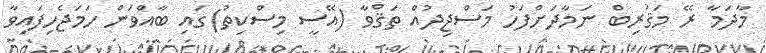
މާދަމާ ރޭ މަޤުރިބް ނަމާދަށްފަހު މަސްޖިދުއް ތަޤްވާ (އޭސީ މިސްކިތު)ގައި ބާއްވަން ހަމަޖެހިފައިވާ